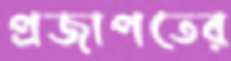
প্রজাপতের